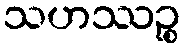
သဟဿဉ္စ